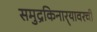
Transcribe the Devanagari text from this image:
समुद्रकिनार्‍यावरची